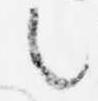
言